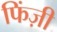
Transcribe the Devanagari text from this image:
फिंज़ी